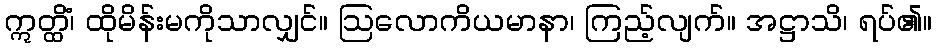
ဣတ္ထိံ၊ ထိုမိန်းမကိုသာလျှင်။ ဩလောကိယမာနာ၊ ကြည့်လျက်။ အဋ္ဌာသိ၊ ရပ်၏။